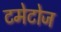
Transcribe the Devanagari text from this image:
टमेटोज